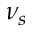
\nu _ { s }